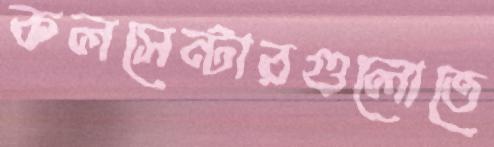
কলসেন্টারগুলোতে